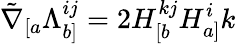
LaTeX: \tilde{\nabla}_{[a}\Lambda_{b]}^{ij}=2H_{[b}^{kj}H_{a]}^{i}{k}